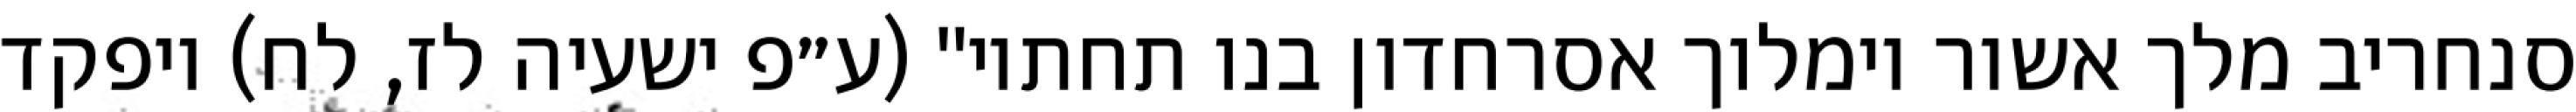
סנחריב מלך אשור וימלוך אסרחדון בנו תחתיו" (ע״פ ישעיה לז, לח) ויפקד